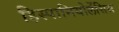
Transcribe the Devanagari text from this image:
हिस्पानियोलेंसिस